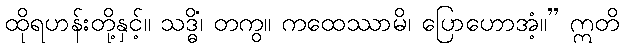
ထိုရဟန်းတို့နှင့်။ သဒ္ဓိံ၊ တကွ။ ကထေဿာမိ၊ ပြောဟောအံ့။” ဣတိ